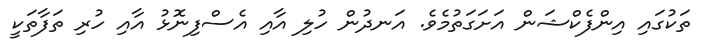
ތަކުގައި އިންފެކްޝަން އަށަގަތުމެވެ. އަނދުން ހުލި އާއި އެސްފިނޮޅު އާއި ހުރި ތަފާތަކީ